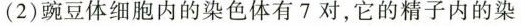
(2)豌豆体细胞内的染色体有7对，它的精子内的染